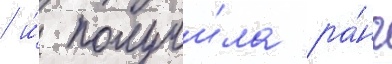
/ и́ получи́ла ра́нг